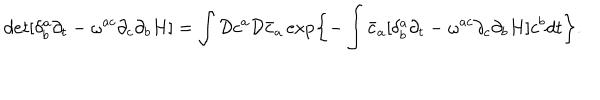
d e t [ \delta _ { b } ^ { a } \partial _ { t } - \omega ^ { a c } \partial _ { c } \partial _ { b } H ] = \int { \cal D } c ^ { a } { \cal D } { \bar { c } } _ { a } \exp \left\{ - \int { \bar { c } } _ { a } [ \delta _ { b } ^ { a } \partial _ { t } - \omega ^ { a c } \partial _ { c } \partial _ { b } H ] c ^ { b } d t \right\} .